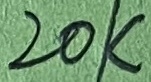
Text: 20K